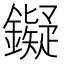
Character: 𬬔